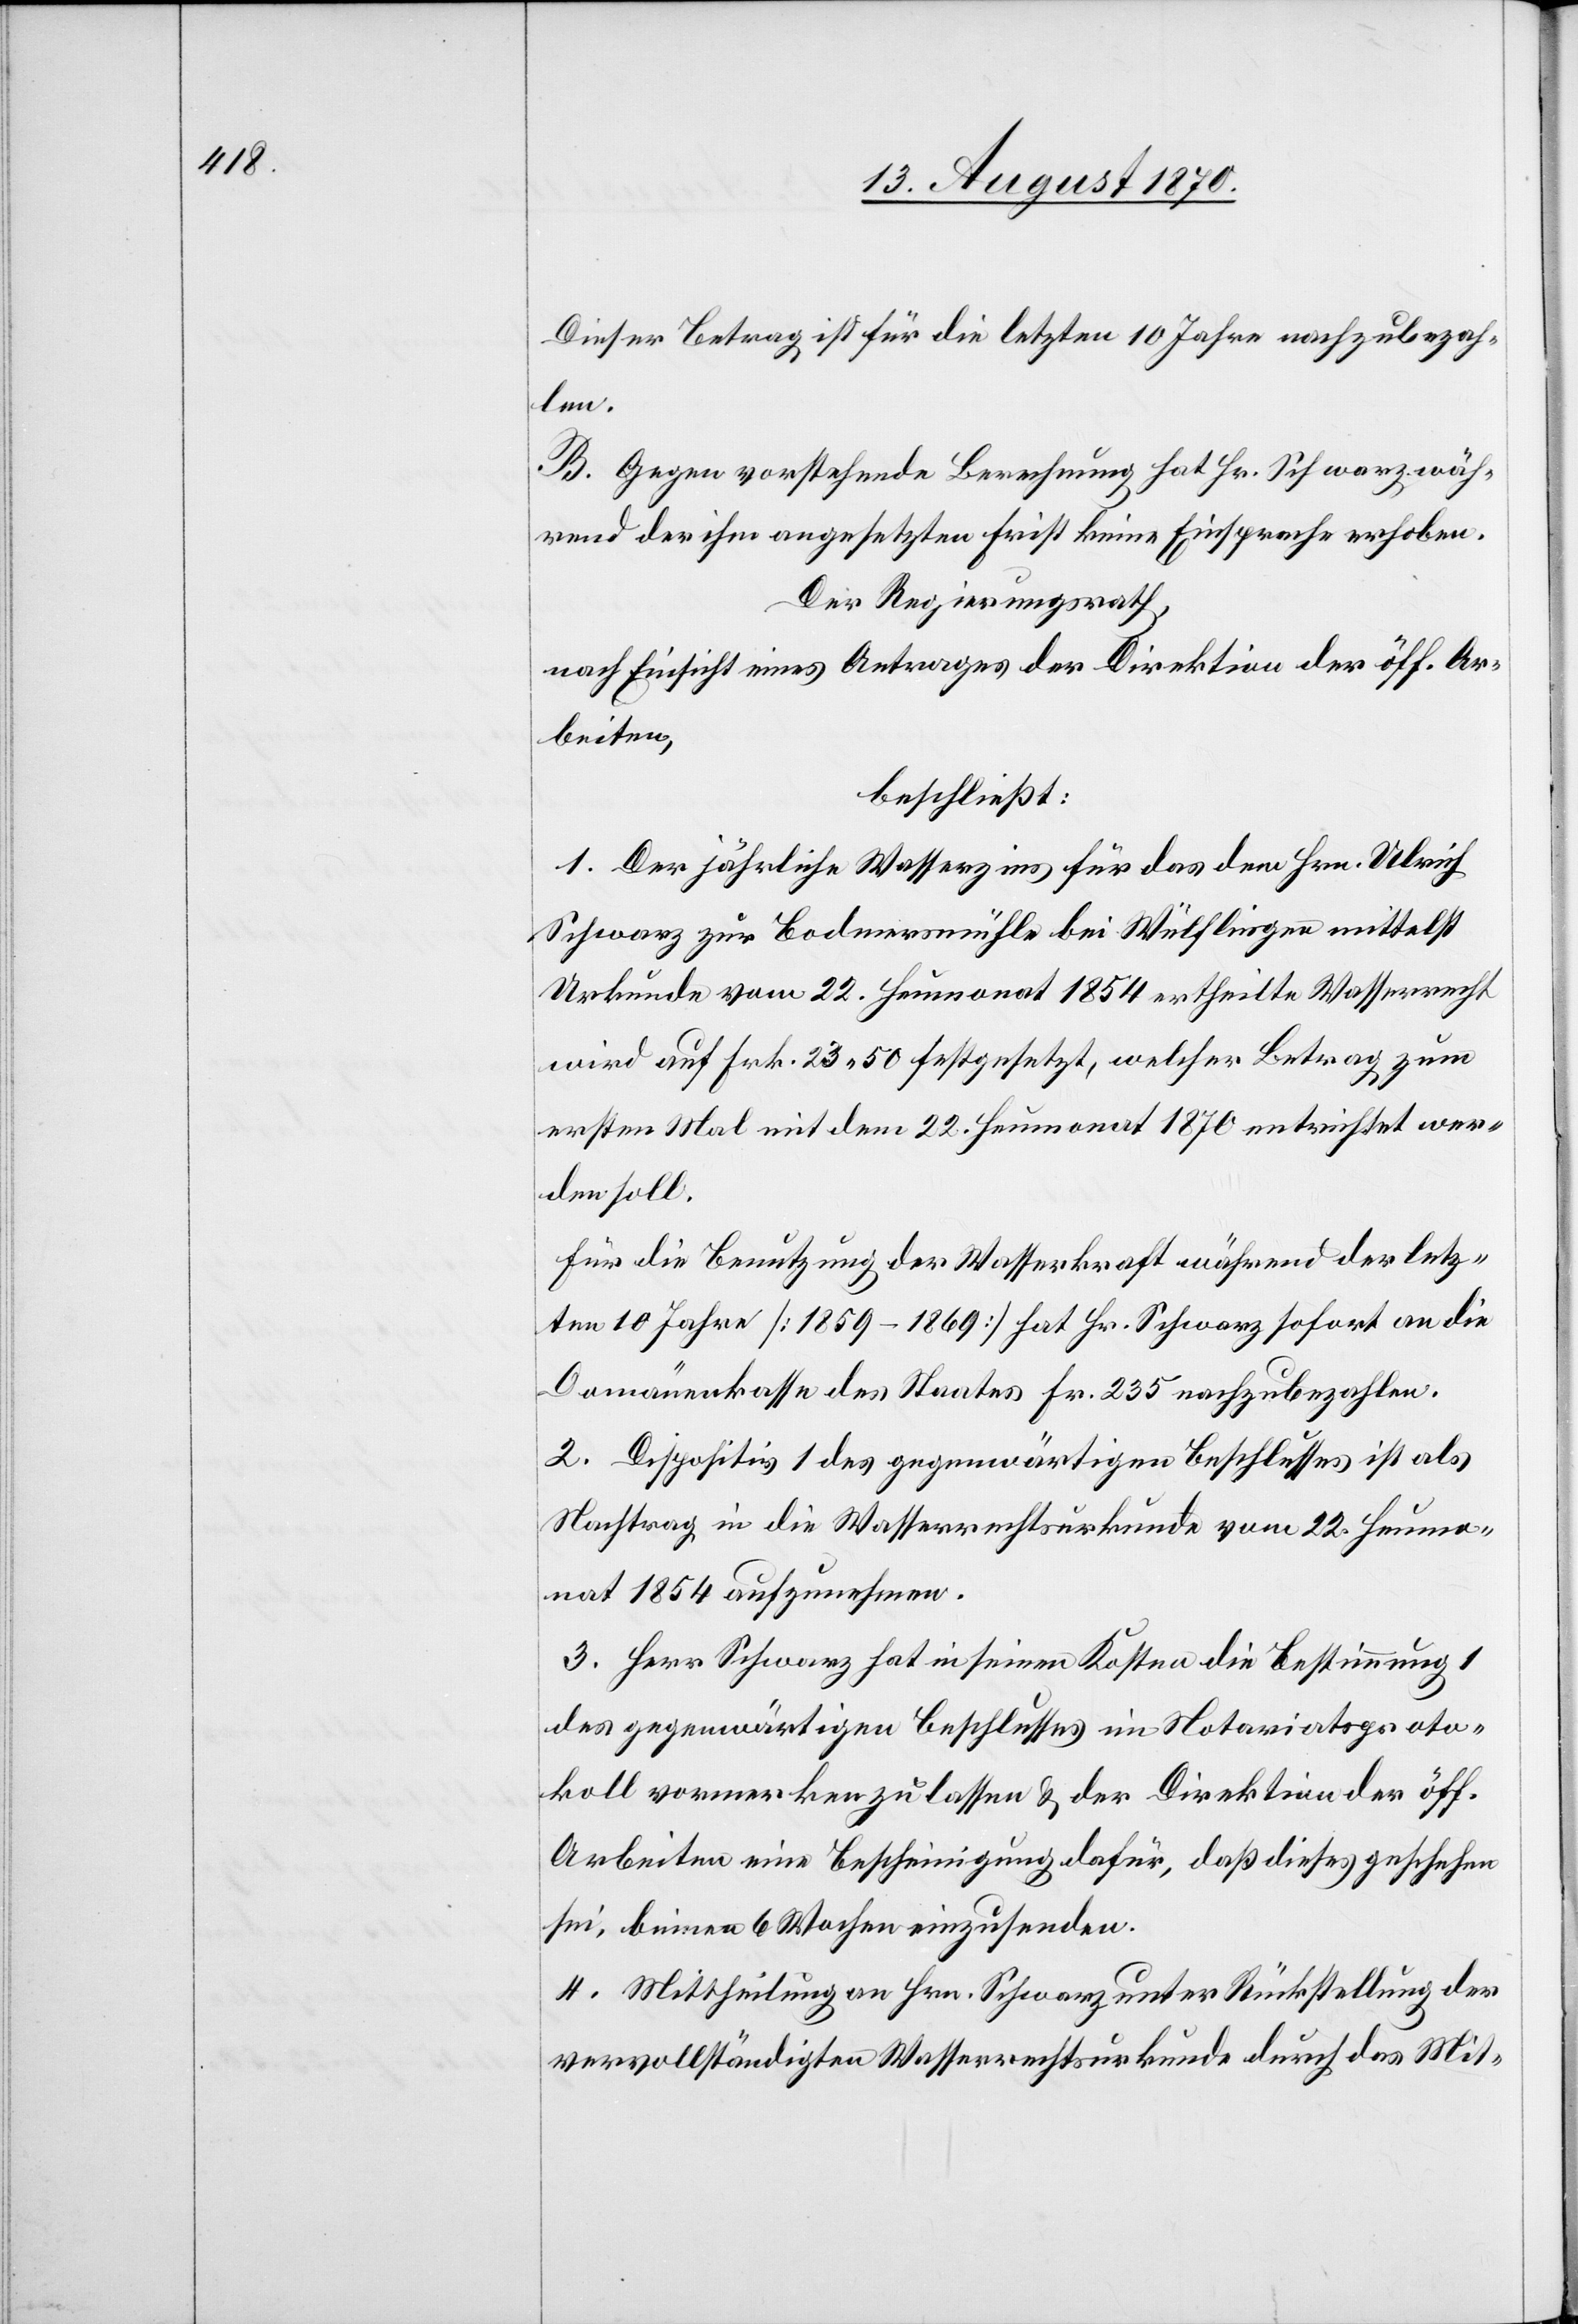
Dieser Betrag ist für die letzten 10 Jahre nachzubezah¬
len.
B. Gegen vorstehende Berechnung hat Hr. Schwarz wäh¬
rend der ihm angesetzten Frist keine Einsprache erhoben.
Der Regierungsrath,
nach Einsicht eines Antrages der Direktion der öff. Ar¬
beiten,
beschließt:
1. Der jährliche Wasserzins für das dem Hrn. Ulrich
Schwarz zur Bodmersmühle bei Wülflingen mittelst
Urkunde vom 22. Heumonat 1854 ertheilte Wasserrecht
wird auf Fr. 23.50 festgesetzt, welcher Betrag zum
ersten Mal mit dem 22. Heumonat 1870 entrichten wer¬
den soll.
Für die Benützung der Wasserkraft während der letz¬
ten 10 Jahre [1859-1869] hat Hr. Schwarz sofort an die
Domänenkasse des Staates Fr. 235 nachzubezahlen.
2. Dispositiv 1 des gegenwärtigen Beschlusses ist als
Nachtrag in die Wasserrechtsurkunde vom 22. Heumo¬
nat 1854 aufzunehmen.
3. Herr Schwarz hat in seinen Kosten die Bestimmung 1
des gegenwärtigen Beschlusses im Notariatsproto¬
koll vormerken zu lassen & der Direktion der öff.
Arbeiten eine Bescheinigung dafür, daß dieses geschehen
sei, binnen 6 Wochen einzusenden.
4. Mittheilung an Hrn. Schwarz unter Rückstellung der
vervollständigten Wasserrechtsurkunde durch das Mit-